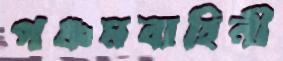
পঞ্চমবাহিনী